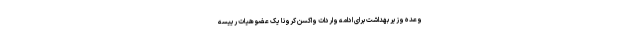
وعده وزیر بهداشت برای ادامه واردات واکسن کرونا یک عضو هیات رییسه